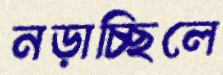
নড়াচ্ছিলে